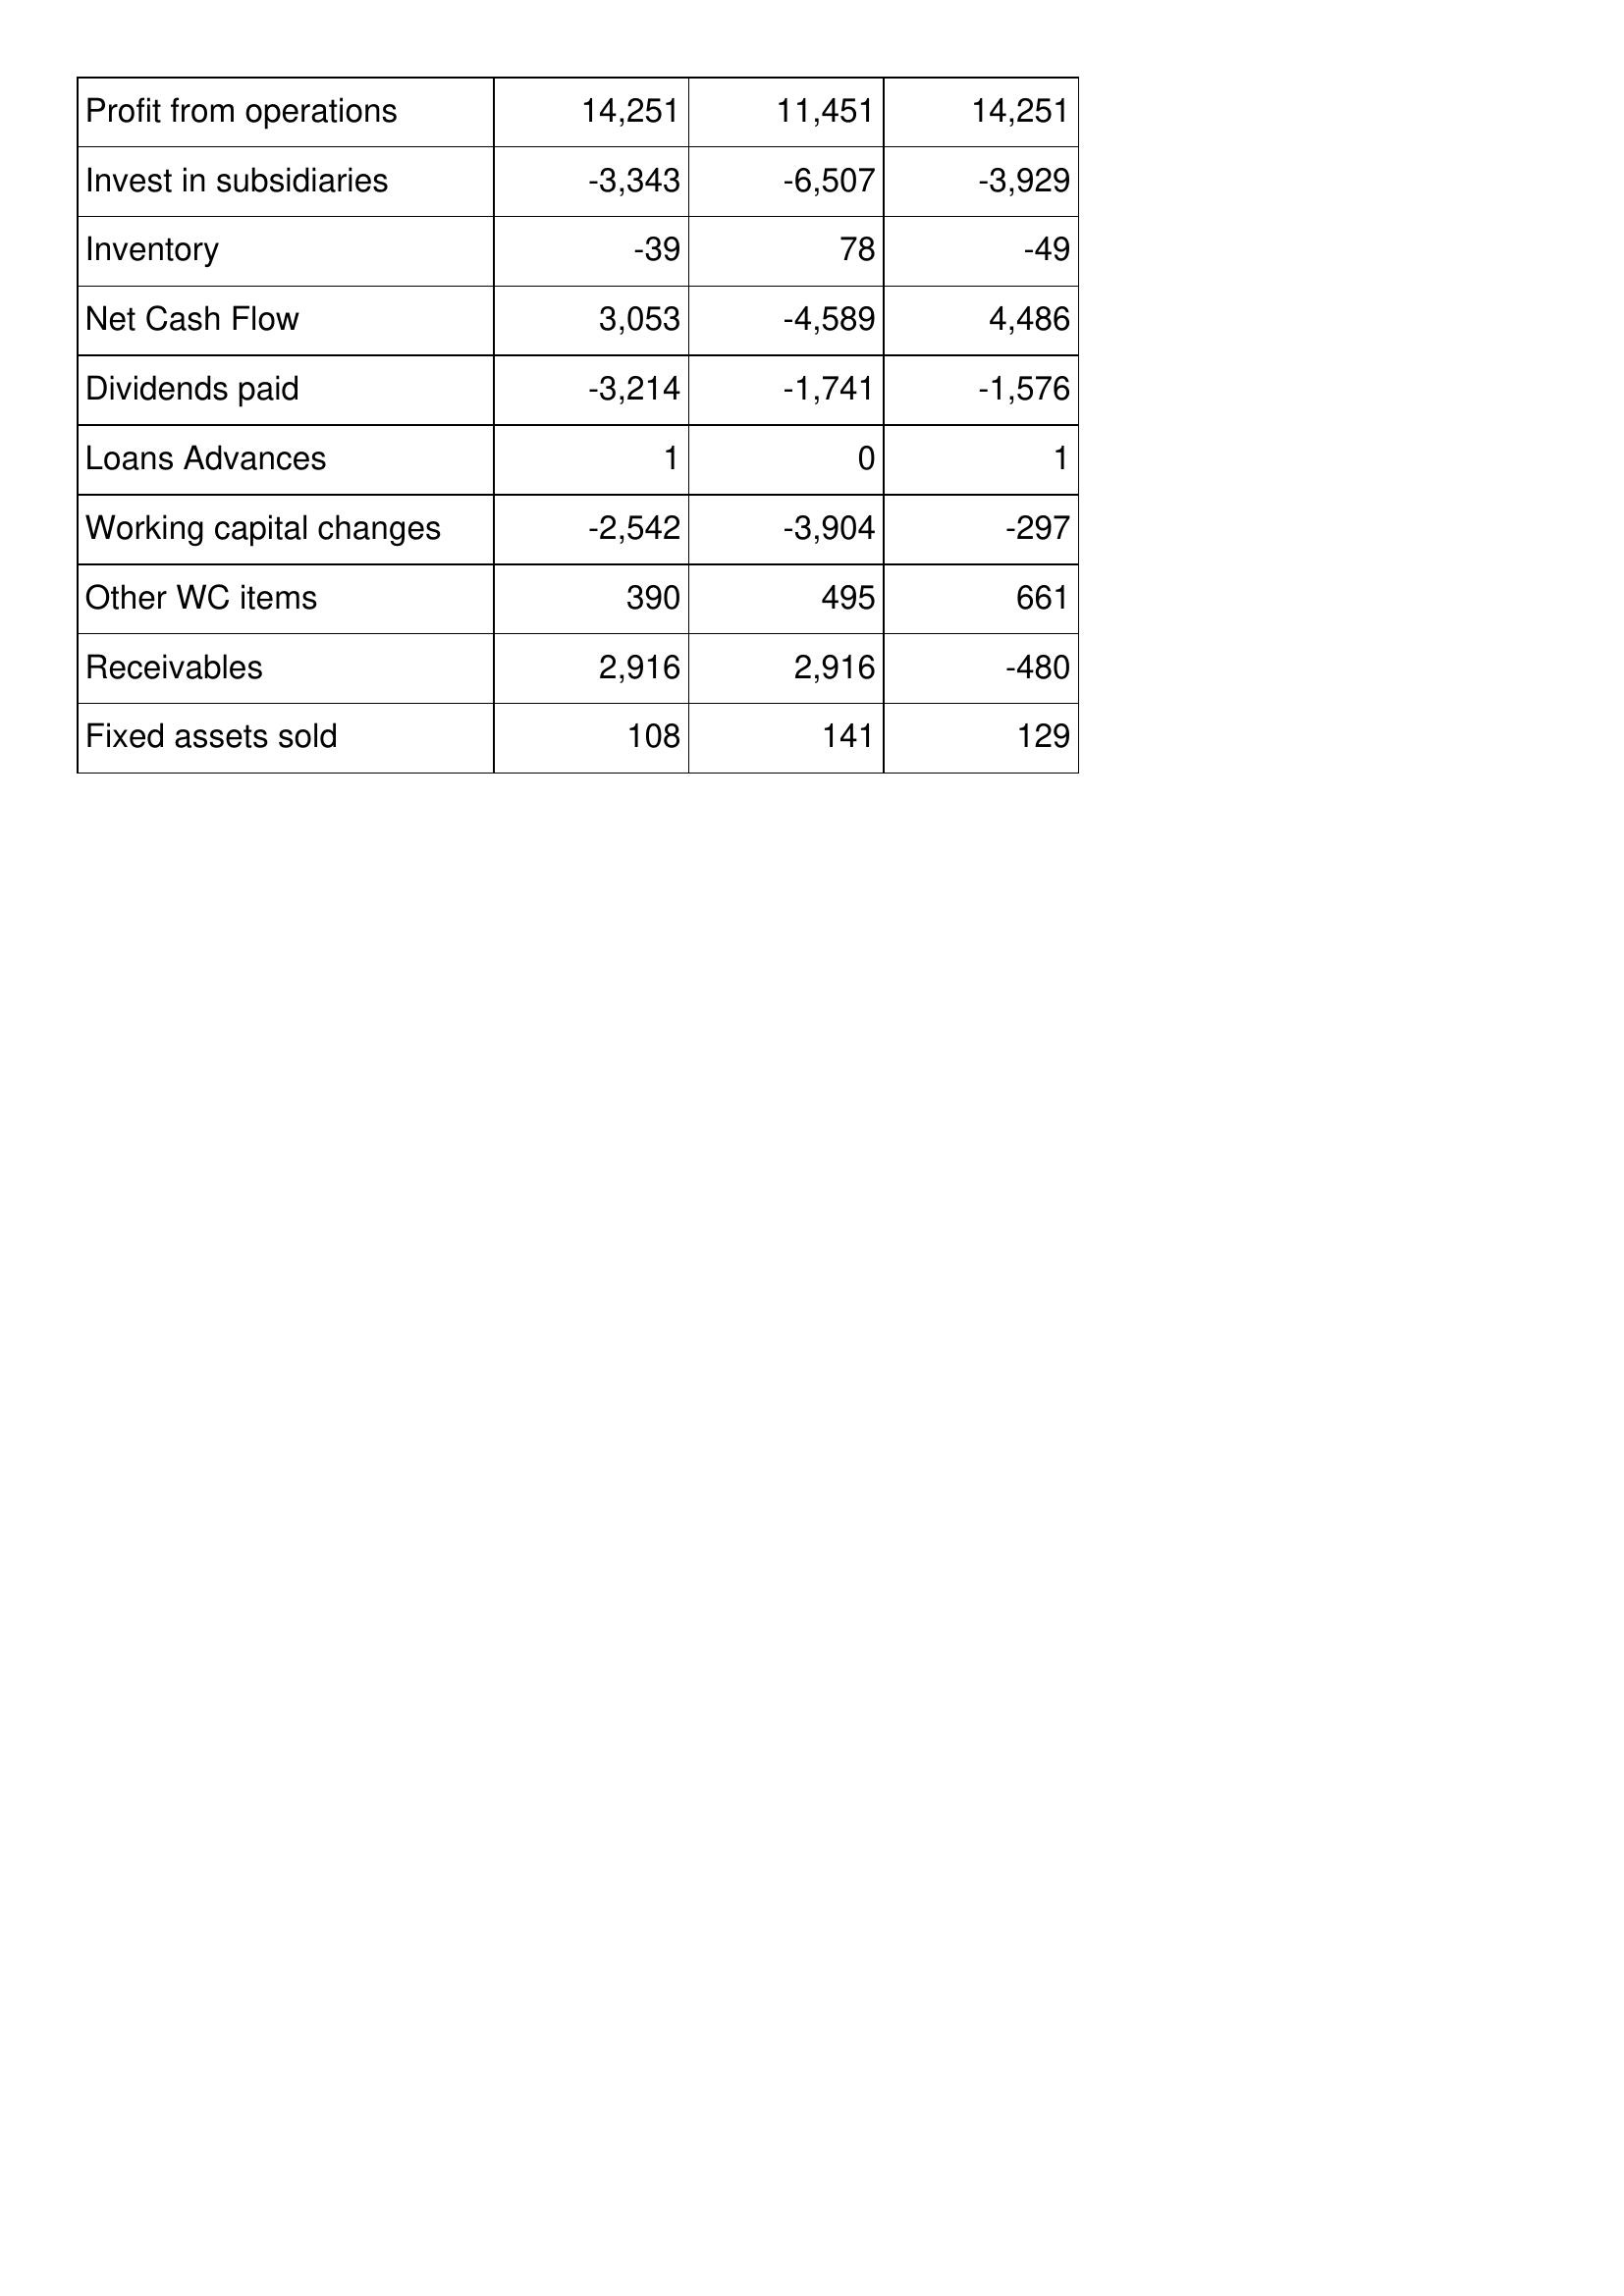
Mar-05: Cash Flows: Profit from operations: 14,251
Invest in subsidiaries: -3,343
Inventory: -39
Net Cash Flow: 3,053
Dividends paid: -3,214
Loans Advances: 1
Working capital changes: -2,542
Other WC items: 390
Receivables: 2,916
Fixed assets sold: 108
Mar-04: Cash Flows: Profit from operations: 11,451
Invest in subsidiaries: -6,507
Inventory: 78
Net Cash Flow: -4,589
Dividends paid: -1,741
Loans Advances: 0
Working capital changes: -3,904
Other WC items: 495
Receivables: 2,916
Fixed assets sold: 141
Mar-03: Cash Flows: Profit from operations: 14,251
Invest in subsidiaries: -3,929
Inventory: -49
Net Cash Flow: 4,486
Dividends paid: -1,576
Loans Advances: 1
Working capital changes: -297
Other WC items: 661
Receivables: -480
Fixed assets sold: 129